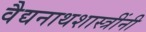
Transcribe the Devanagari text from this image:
वैद्यनाथशास्त्रींनी